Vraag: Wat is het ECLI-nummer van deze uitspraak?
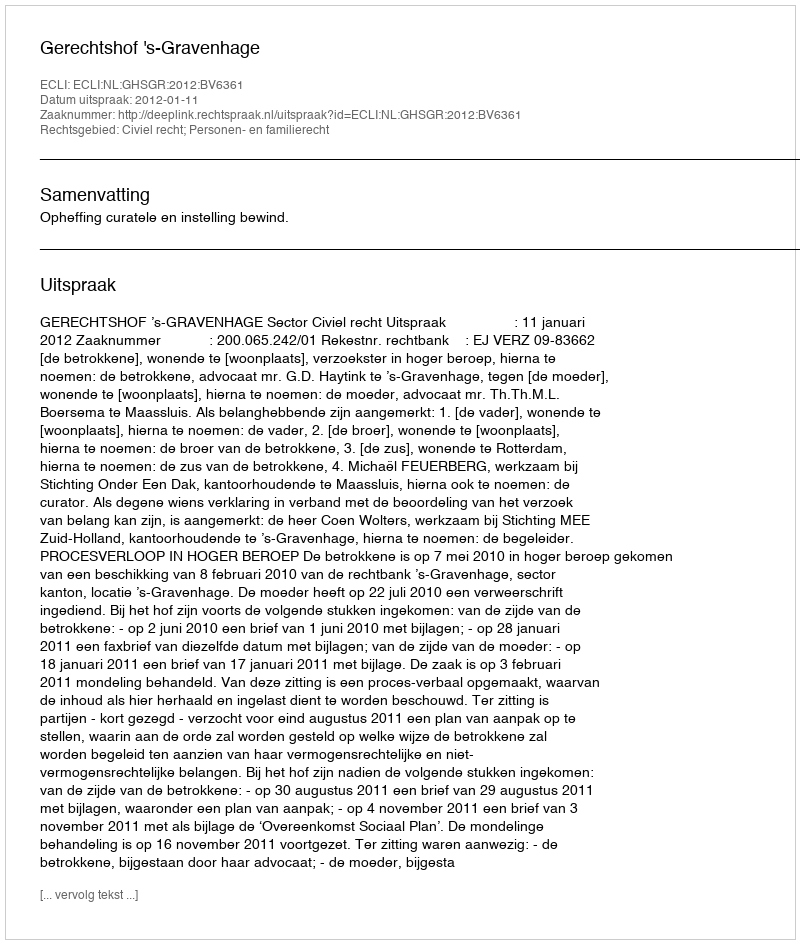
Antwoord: ECLI:NL:GHSGR:2012:BV6361